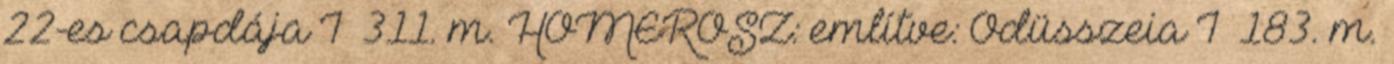
22-es csapdája I 311. m. HOMÉROSZ: említve: Odüsszeia I 183. m.